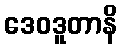
ဒေဝဒူတာနိ